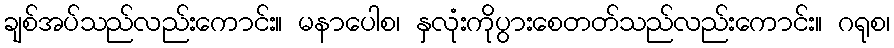
ချစ်အပ်သည်လည်းကောင်း။ မနာပေါစ၊ နှလုံးကိုပွားစေတတ်သည်လည်းကောင်း။ ဂရုစ၊